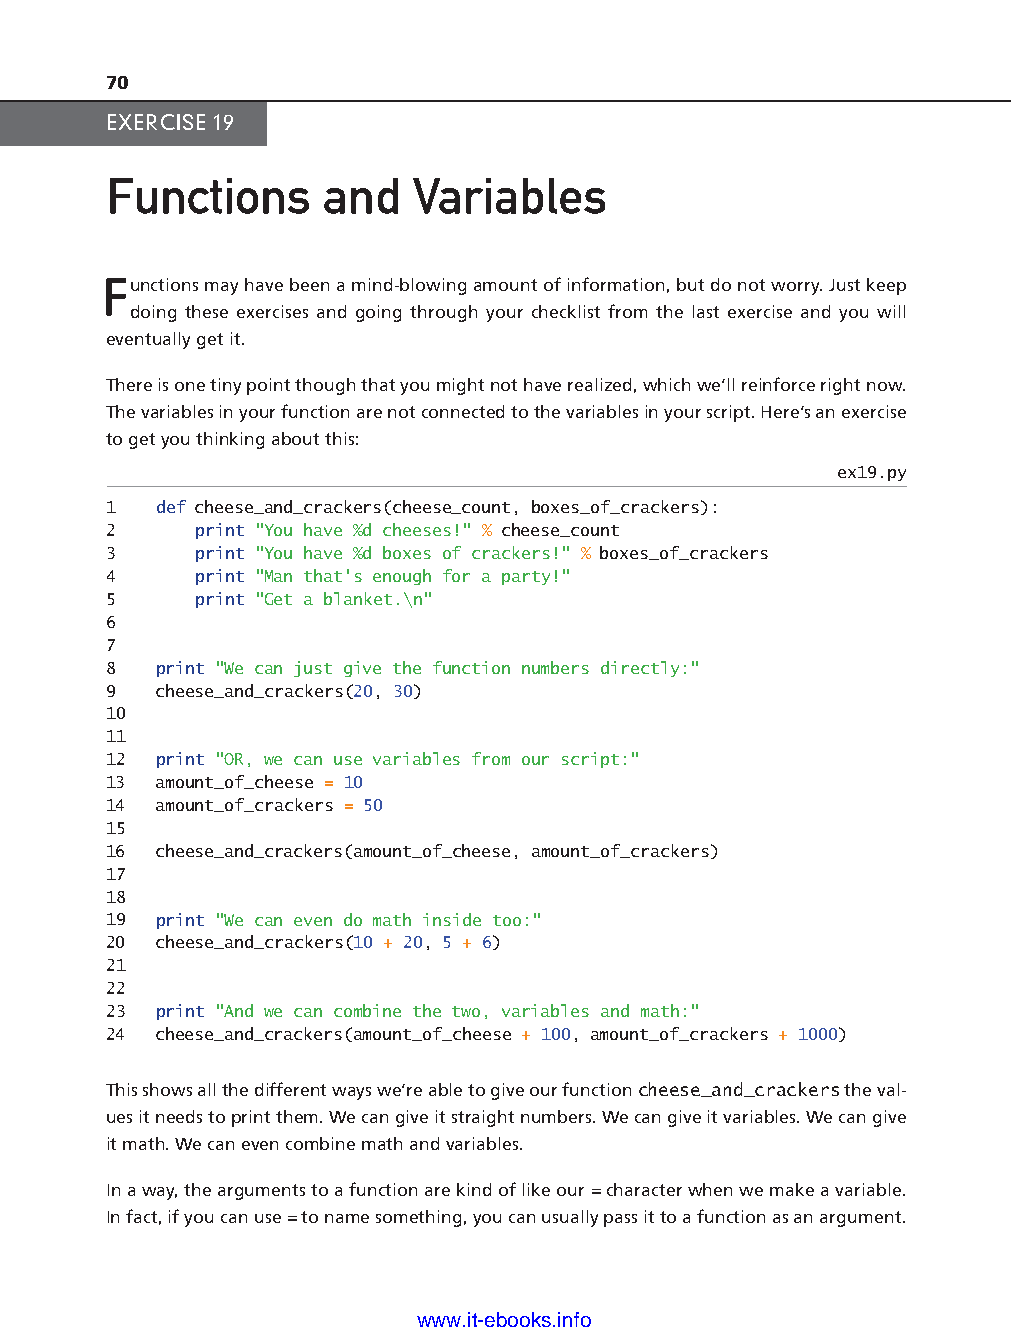
70
 EXERCISE 19
 Functions      and  Variables
 Functions may have been a mind- blowing amount of information, but do not worry. Just keep
 doing these exercises and going through your checklist from the last exercise and you will
 eventually get it.
 There is one tiny point though that you might not have realized, which we’ll reinforce right now.
 The variables in your function are not connected to the variables in your script. Here’s an exercise
 to get you thinking about this:
 ex19.py
 1  def cheese_and_crackers(cheese_count, boxes_of_crackers):
 2     print "You have %d cheeses!" % cheese_count
 3     print "You have %d boxes of crackers!" % boxes_of_crackers
 4     print "Man that's enough for a party!"
 5     print "Get a blanket.\n"
 6
 7
 8  print "We can just give the function numbers directly:"
 ptg11539604
 9  cheese_and_crackers(20, 30)
 10
 11
 12 print "OR, we can use variables from our script:"
 13 amount_of_cheese = 10
 14 amount_of_crackers = 50
 15
 16 cheese_and_crackers(amount_of_cheese, amount_of_crackers)
 17
 18
 19 print "We can even do math inside too:"
 20 cheese_and_crackers(10 + 20, 5 + 6)
 21
 22
 23 print "And we can combine the two, variables and math:"
 24 cheese_and_crackers(amount_of_cheese + 100, amount_of_crackers + 1000)
 This shows all the different ways we’re able to give our function cheese_and_crackers the val-
 ues it needs to print them. We can give it straight numbers. We can give it variables. We can give
 it math. We can even combine math and variables.
 In a way, the arguments to a function are kind of like our = character when we make a variable.
 In fact, if you can use = to name something, you can usually pass it to a function as an argument.
 www.it-ebooks.info